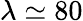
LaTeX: \lambda\simeq 80